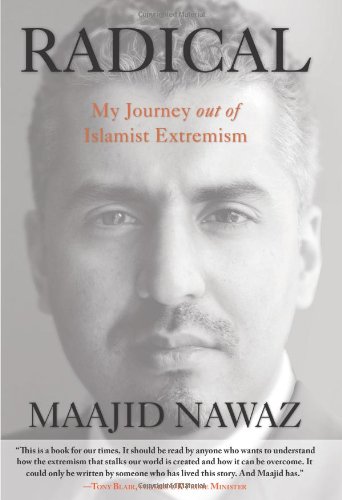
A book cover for Radical: My Journey Out Of Islamist Extremism; Maajid Nawaz; Biographies & Memoirs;